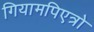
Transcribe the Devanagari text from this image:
गियामपिएत्रो